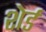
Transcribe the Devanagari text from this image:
शेर्ड